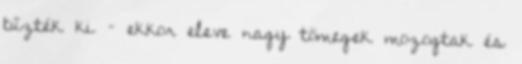
tűzték ki – ekkor eleve nagy tömegek mozogtak és